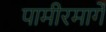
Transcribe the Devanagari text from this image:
पामीरमार्गे